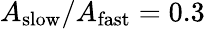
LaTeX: A_{\mathrm{slow}}/A_{\mathrm{fast}}=0.3